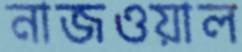
নাজওয়াল